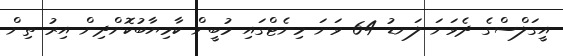
އީގަލްސްގެ ދެވަނަ ލަނޑު 64 ވަނަ މިނެޓްގައި މުބީން ކާމިޔާބުކޮށްދިން އިރު ތިން